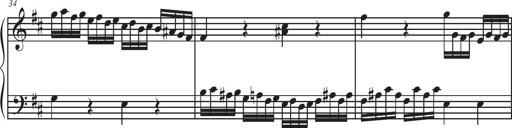
Title: Sonatina Espania
Composer: Jerald Franklin Archer
Key: Various